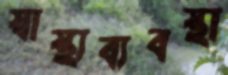
স্বাস্থ্যব্যবস্থা